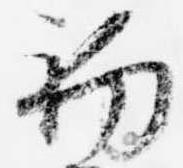
初